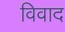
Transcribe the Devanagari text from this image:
विवाद